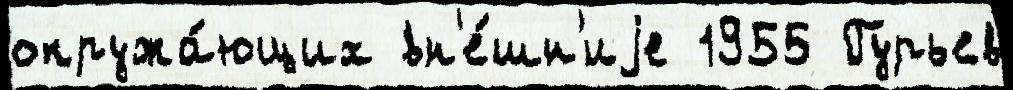
окружа́ющих вн'е́шн'иjе 1955 Гурьев